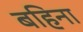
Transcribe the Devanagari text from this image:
बहिना